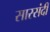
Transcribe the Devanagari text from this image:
सारसंदी